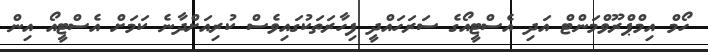
ހޯމް އިމްޕްރޫވްމަންޓް އަދި އެސްޓީއޯގެ ސަރަހައްދީ ފިހާރަތަކުގައިވެސް ކުރިއަށްދާނެ ކަމަށް އެސްޓީއޯ އިން